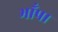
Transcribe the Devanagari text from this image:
भाँपा